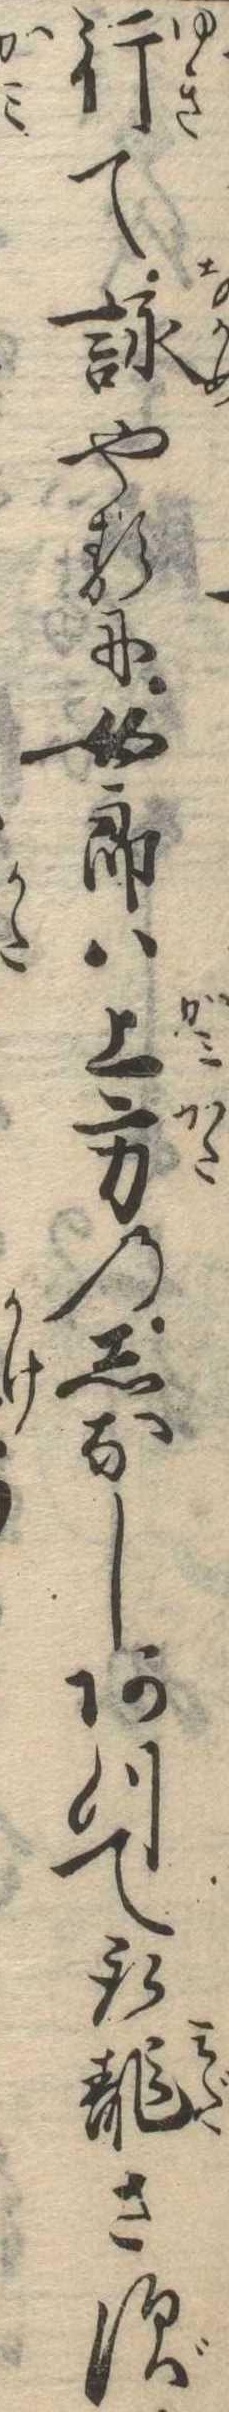
行て詠やるに女郎は上方のしなしあつて取乱さず